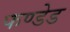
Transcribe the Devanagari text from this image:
फण्डेड